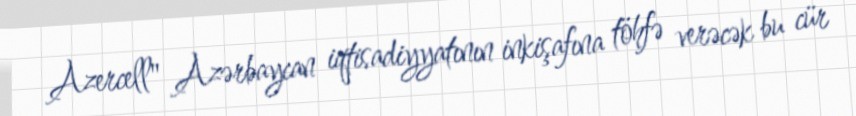
Azercell" Azərbaycan iqtisadiyyatının inkişafına töhfə verəcək bu cür